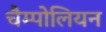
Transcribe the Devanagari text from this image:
चैम्पोलियन